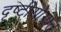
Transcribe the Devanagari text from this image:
दृष्टीयोगात